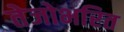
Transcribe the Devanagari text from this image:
तेजोभरित